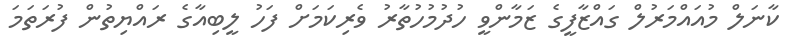
ކާނަލް މުއައްމަރުލް ގައްޒާފީގެ ޒަމާންވީ ހުދުމުހުތާރު ވެރިކަމަށް ފަހު ލީބިއާގެ ރައްޔިތުން ފުރަތަމަ